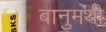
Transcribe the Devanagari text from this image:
बानुमथी